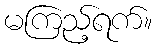
မကြည့်ရက်။